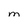
Character: M